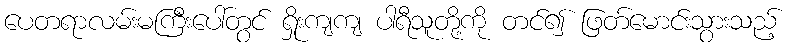
ပေတရာလမ်းမကြီးပေါ်တွင် ရှိုးကျကျ ပါရီသူတို့ကို တင်၍ ဖြတ်မောင်းသွားသည့်